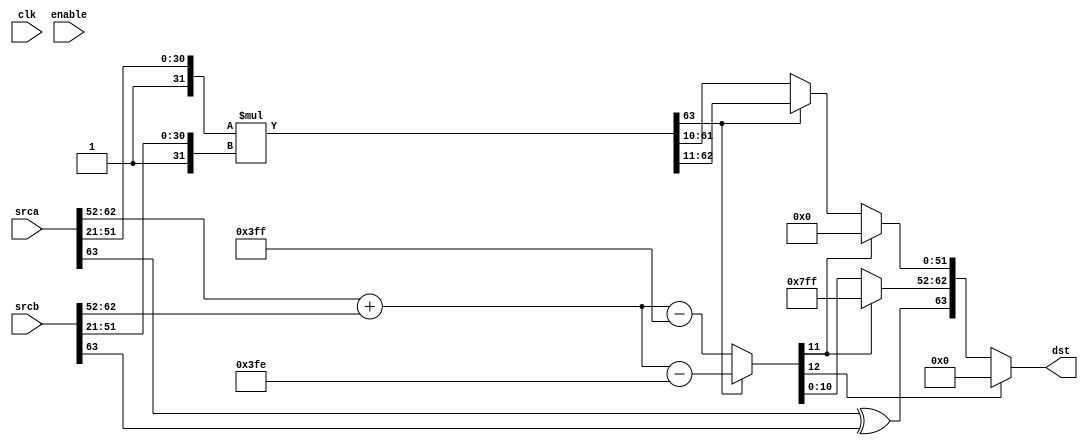
module FpuFpD_Mul(
	/* verilator lint_off UNUSED */
	clk,
	enable,
	srca,
	srcb,
	dst
);

input			clk;
input			enable;
input[63:0]		srca;
input[63:0]		srcb;
output[63:0]	dst;

reg sgna;
reg sgnb;
reg sgnc;

reg[12:0] exa;
reg[12:0] exb;
reg[12:0] exc;

`ifdef PRECISE_FMUL
reg[105:0] tFracA;
reg[105:0] tFracB;
reg[105:0] tFracC1;
reg[63:0] tFracC;
`else
reg[63:0] tFracA;
reg[63:0] tFracB;
reg[63:0] tFracC;
`endif

reg[51:0] tFracC2;

//reg[41:0] tFracAL;
//reg[41:0] tFracBL;
//reg[41:0] tFracCL;
//reg[63:0] tFracCL2;

reg[63:0]	tDst;

assign dst = tDst;

always @ (clk && enable)
begin
	sgna=srca[63];
	sgnb=srcb[63];

	exa[10:0]=srca[62:52];
	exb[10:0]=srcb[62:52];
	exa[12:11]=0;
	exb[12:11]=0;

	sgnc=sgna^sgnb;

`ifdef PRECISE_FMUL
	tFracA[105:52]=1;
	tFracB[105:52]=1;
`else
	tFracA[63:52]=1;
	tFracB[63:52]=1;
`endif
	tFracA[51:0]=srca[51:0];
	tFracB[51:0]=srcb[51:0];

`ifdef PRECISE_FMUL
	tFracC1=tFracA*tFracB;
	tFracC=tFracC1[105:42]+64'h3FF;
`else	
//	tFracC=(tFracA>>21)*(tFracB>>21);
	tFracC=
		{21'h0, tFracA[63:21]} *
		{21'h0, tFracB[63:21]};
`endif

	if(tFracC[63])
	begin
		tFracC2[51:0]=tFracC[62:11];
		exc=exa+exb-1022;
	end
	else
	begin
		tFracC2[51:0]=tFracC[61:10];
		exc=exa+exb-1023;
	end
	
	if(exc[12])
	begin
		tDst=0;
	end
	else
	if(exc[11])
	begin
		tDst[63]=sgnc;
		tDst[62:0]=63'h7FF0_0000_0000_0000;
	end
	else
	begin
		tDst[63]=sgnc;
		tDst[62:52]=exc[10:0];
		tDst[51: 0]=tFracC2[51:0];
	end
end

endmodule